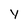
Character: y